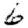
Digit: 6